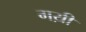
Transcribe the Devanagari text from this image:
गय़ी